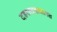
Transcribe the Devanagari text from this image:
दहशतवादग्रस्त